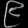
Digit: ၉